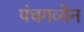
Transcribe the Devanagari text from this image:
पंचगव्येन